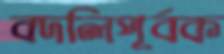
বদলিপূর্বক